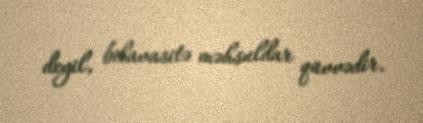
deyil, bilavasitə məhsuldar qüvvədir.